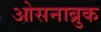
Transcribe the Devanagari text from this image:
ओसनाब्रुक